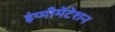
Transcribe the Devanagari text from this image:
इंप्मीमेंटेशन